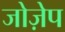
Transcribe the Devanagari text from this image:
जोज़ेप